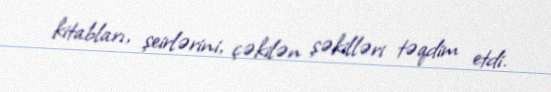
kitabları, şeirlərini, çəkilən şəkilləri təqdim etdi.